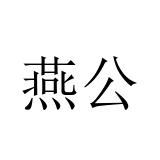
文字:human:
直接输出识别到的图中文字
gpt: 燕公